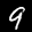
Label: 9